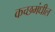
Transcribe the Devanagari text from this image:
कच्छमंधील